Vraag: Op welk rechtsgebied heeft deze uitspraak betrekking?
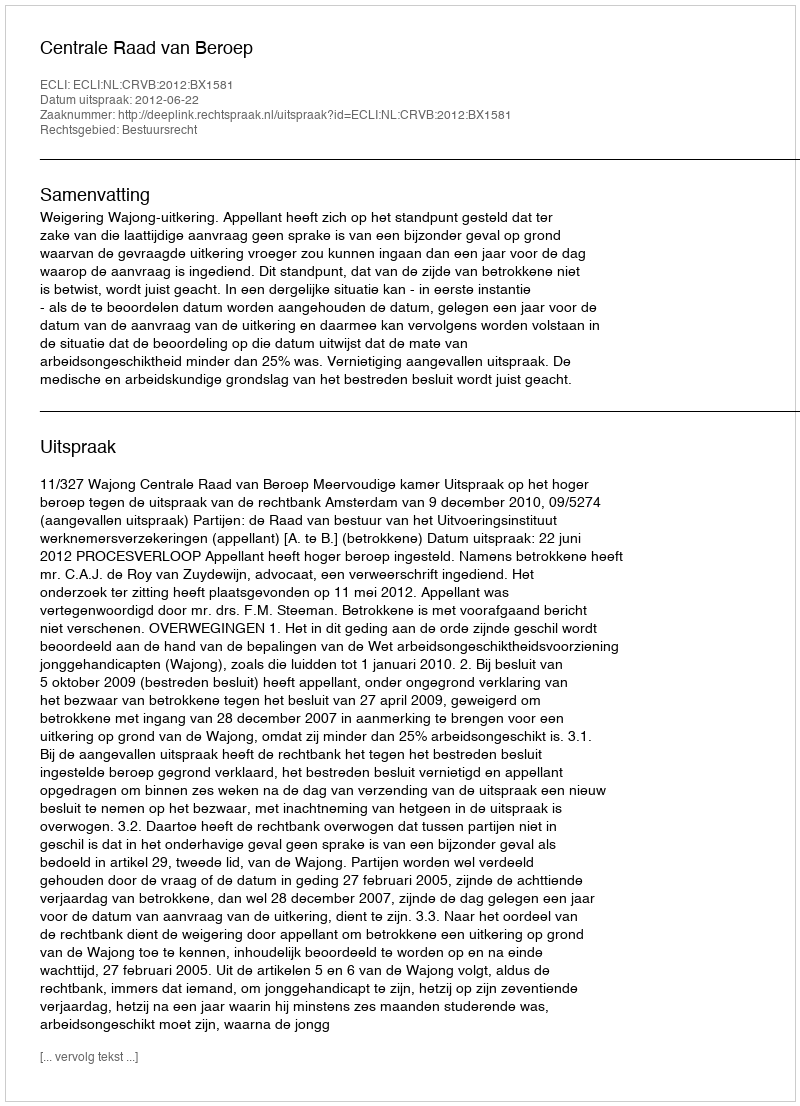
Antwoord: Bestuursrecht